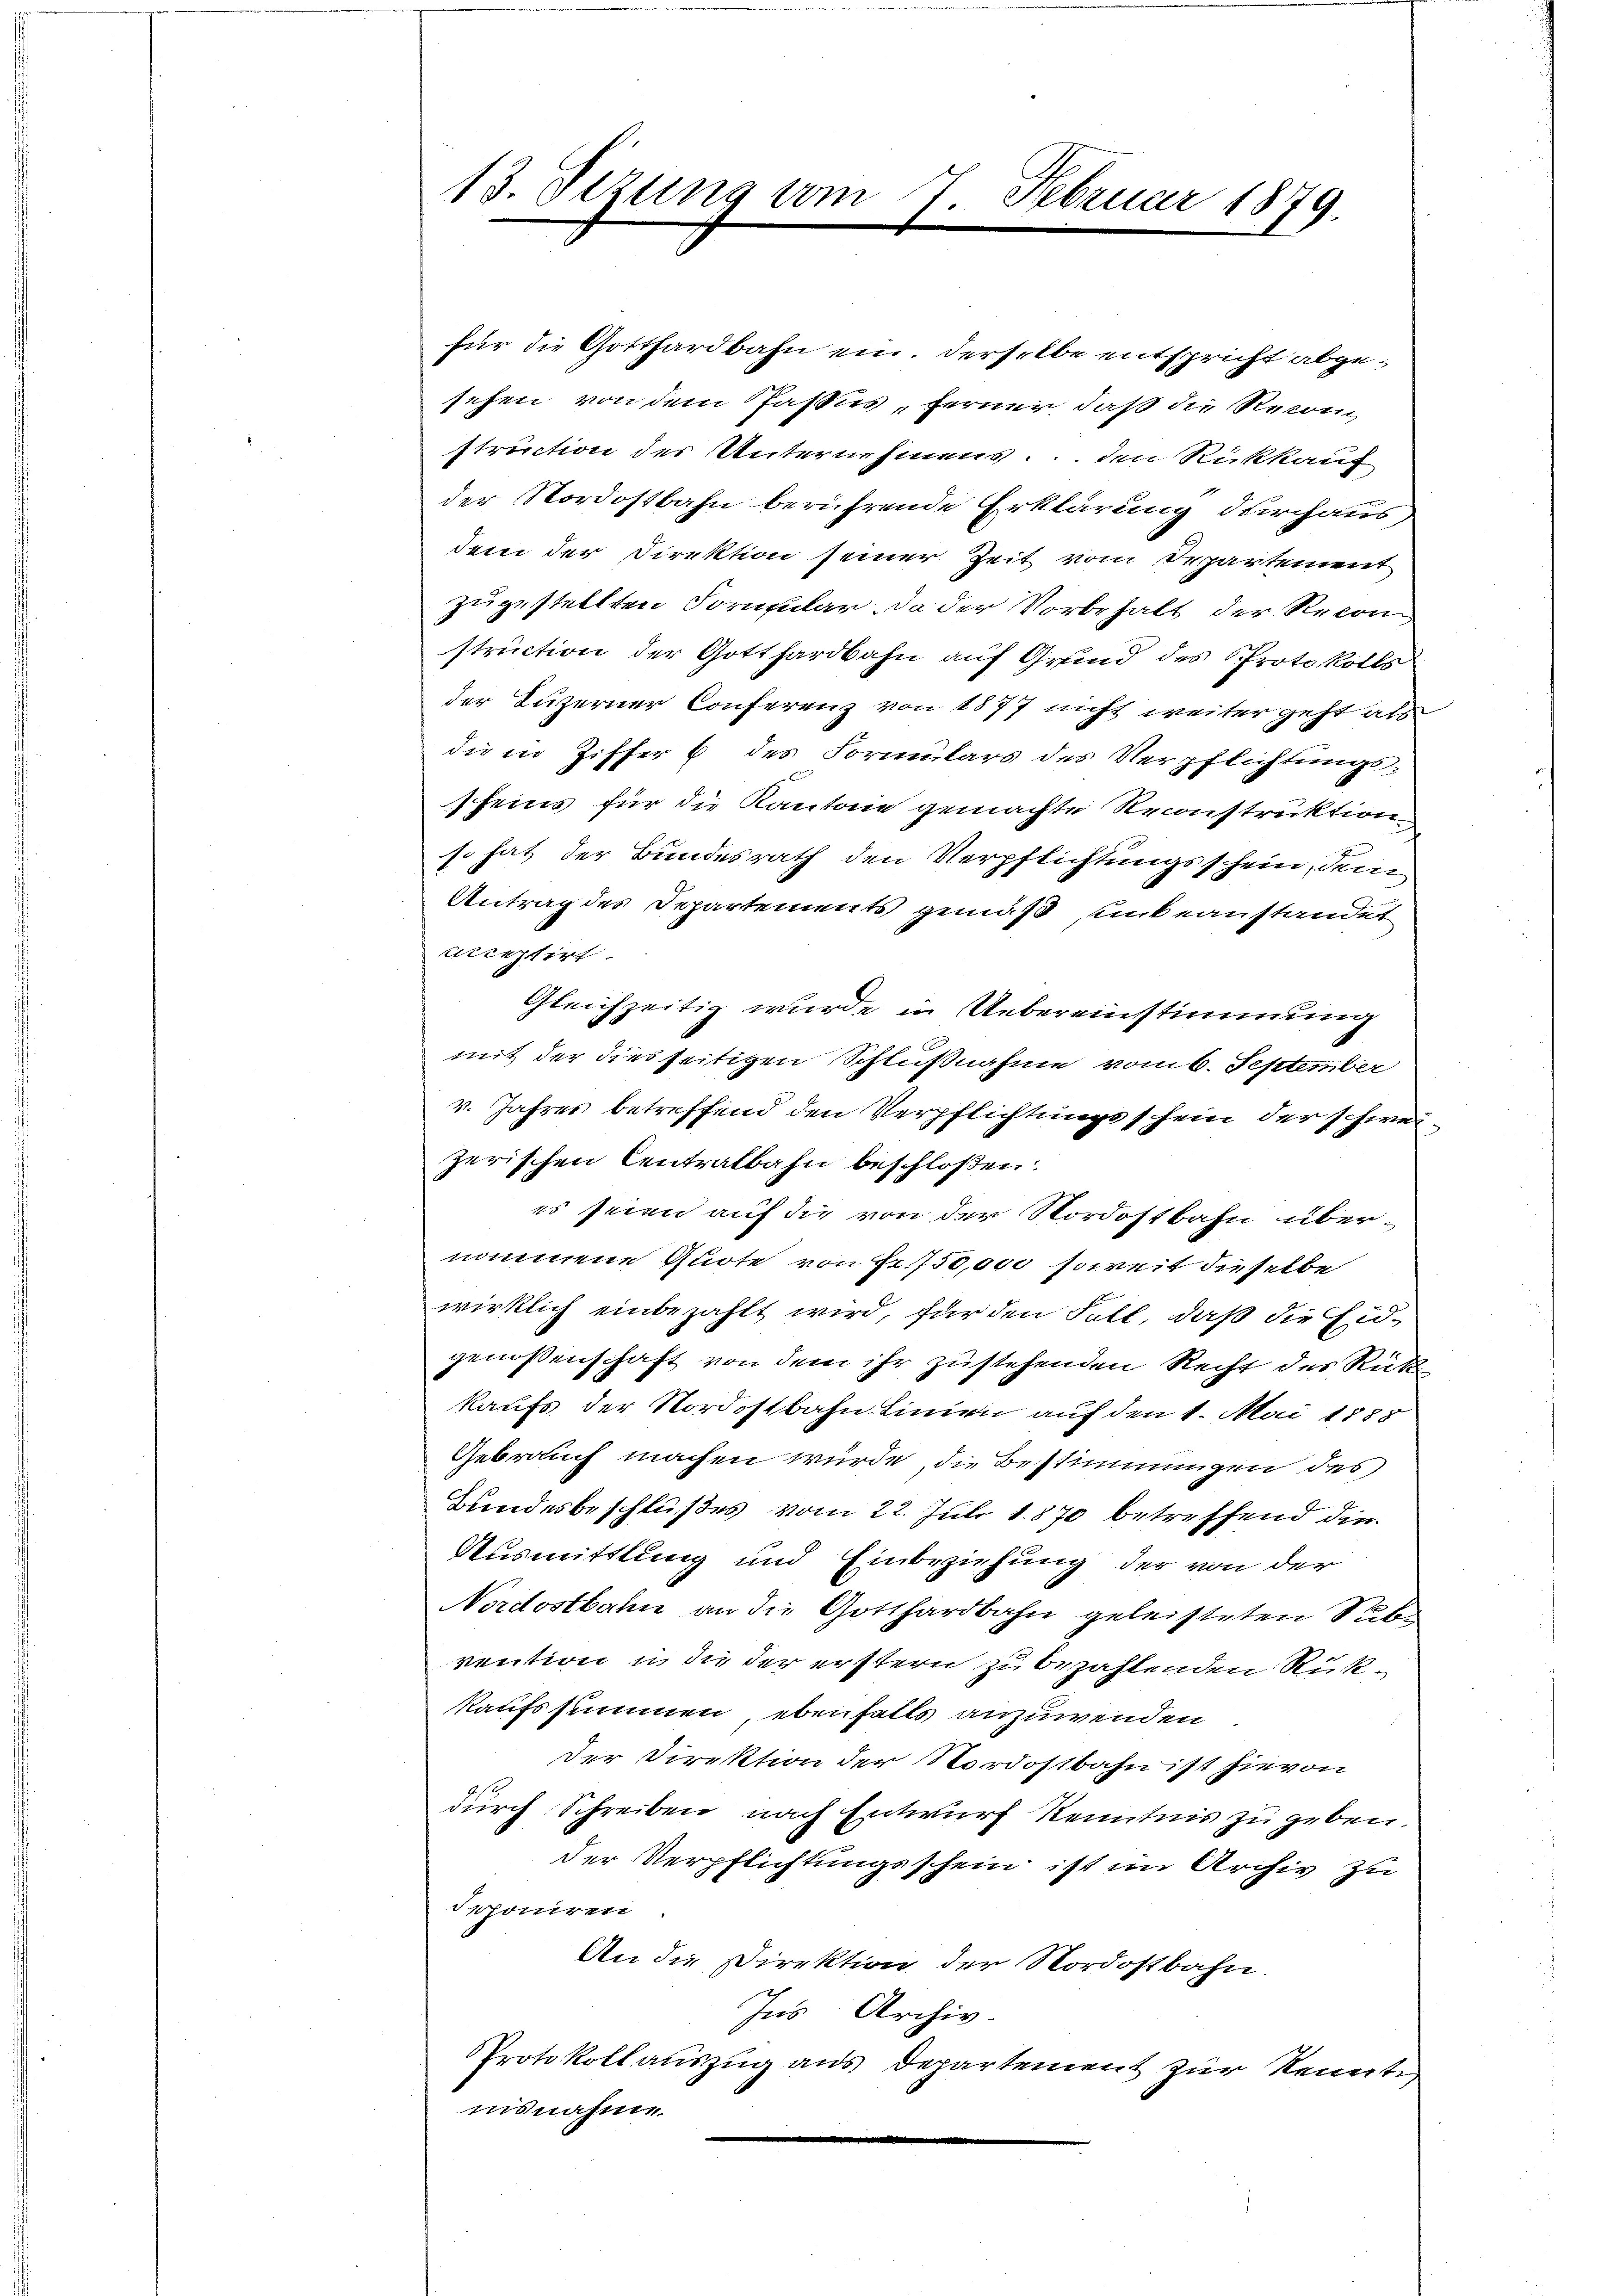
13. Sizung am 7. Februar 1879.

für die Gotthardbahn ein. Derselbe entspricht abgesehen von dem Passus, ferner, daß die Recon
struction der Unternehmens den Rückkauf
der Nordostbahn berührende Erklärung durchaus
dem der Direktion seiner Zeit vom Departement
zugestellten Formular. Da der Vorbehalt der Recon
struction der Gotthardbahn auf Grund des Protokolls
der Luzerner Conferenz von 1877 nicht weiter geht als
die in Ziffer 6 des Formulars des Verpflichtungs-
sfeins für die Kantone gemachte Reconstruktion
so hat der Bundesrath den Verpflichtungsschein, dem
Antrag des Departements gemäß unbeanstandet
einstirt
Gleichzeitig wurde in Uebereinstimmung
mit der dies seitigen Schlußnahme vom 6. September
v. Jahres betreffend den Verpflichtungsschein der schwei
zerischen Centralbahn beschloßen:
es seien auf die von der Nordostbahn über-
nommene Quote von Fr. 750,000 soweit dieselbe
wirklich einbezahlt wird, für den Fall, daß die Eidgenossenschaft von dem ihr zustehenden Recht des Rücke
kaufs der Nordostbahn Linien auf den 1. Mai 1888
Gebrauch machen würde, die Bestimmungen des
Bundesbeschlußes vom 22. Juli 1870 betreffend die
Ausmittlung und Einbeziehung der von der
Nordostbahn an die Gotthardbahn geleisteten Sube
vention u. die der erstern zu bezahlenden Rükkaufssummen, ebenfalls anzuwenden
Der Direktion der Nordostbahn ist hievon
durch Schreiben nach Entwurf Kenntnis zu geben.
der Verpflichtungsschein ist im Archiv zu
deponiren
An die Direktion der Nordostbahn.
Ins Archiv.
Protokoll auszug aus Departement zur Kennti
insnahme
e